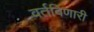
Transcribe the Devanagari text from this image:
वर्तविणारी